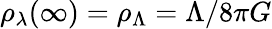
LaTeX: \rho_{\lambda}(\infty)=\rho_{\Lambda}=\Lambda/8\pi G